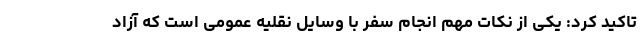
تاکید کرد: یکی از نکات مهم انجام سفر با وسایل نقلیه عمومی است که آزاد